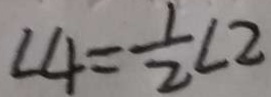
\angle 4 = \frac { 1 } { 2 } \angle 2